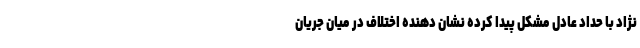
نژاد با حداد عادل مشکل پیدا کرده نشان دهنده اختلاف در میان جریان